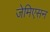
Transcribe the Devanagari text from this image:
जेमिएसन